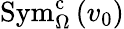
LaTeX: \mathrm{Sym}_{\Omega}^{\mathrm{c}}\left(v_{0}\right)